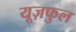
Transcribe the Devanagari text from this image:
यूज़फुल